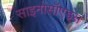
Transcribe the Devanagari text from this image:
साइनोसॉएड्स